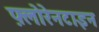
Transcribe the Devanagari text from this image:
फ़्लोरेनटाइन